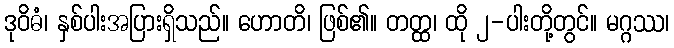
ဒုဝိဓံ၊ နှစ်ပါးအပြားရှိသည်။ ဟောတိ၊ ဖြစ်၏။ တတ္ထ၊ ထို ၂-ပါးတို့တွင်။ မဂ္ဂဿ၊